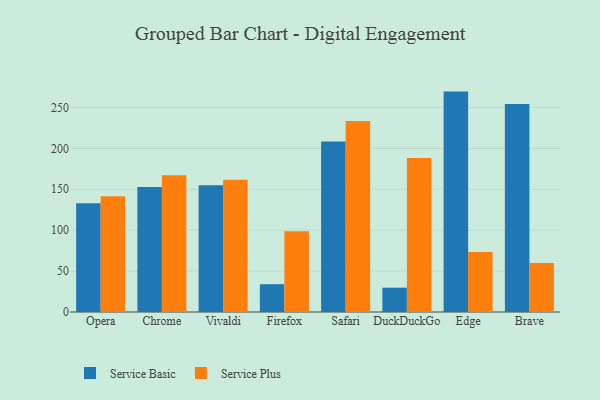
{"axis": {"x": "Browser", "y": "Bounce Rate (%)"}, "legend": ["Service Basic", "Service Plus"], "data": [{"x": "Opera", "y": 132.9, "type": "Service Basic"}, {"x": "Opera", "y": 141.6, "type": "Service Plus"}, {"x": "Chrome", "y": 152.8, "type": "Service Basic"}, {"x": "Chrome", "y": 167.3, "type": "Service Plus"}, {"x": "Vivaldi", "y": 154.9, "type": "Service Basic"}, {"x": "Vivaldi", "y": 161.5, "type": "Service Plus"}, {"x": "Firefox", "y": 34.0, "type": "Service Basic"}, {"x": "Firefox", "y": 98.7, "type": "Service Plus"}, {"x": "Safari", "y": 208.4, "type": "Service Basic"}, {"x": "Safari", "y": 233.5, "type": "Service Plus"}, {"x": "DuckDuckGo", "y": 29.7, "type": "Service Basic"}, {"x": "DuckDuckGo", "y": 188.1, "type": "Service Plus"}, {"x": "Edge", "y": 269.4, "type": "Service Basic"}, {"x": "Edge", "y": 73.3, "type": "Service Plus"}, {"x": "Brave", "y": 254.1, "type": "Service Basic"}, {"x": "Brave", "y": 60.0, "type": "Service Plus"}]}